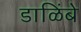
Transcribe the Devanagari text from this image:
डाळिंबे